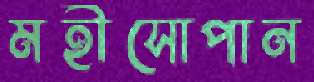
মহীসোপান